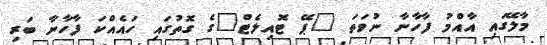
މާލޭގައި އާއްމު ފާހާނާ ނުވަތަ "ޕޭ ޓޮއިލެޓް"ގެ ގޮތުގައި ހައެއްކަ ފާހާނާ ބަރި